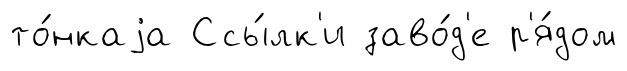
то́нкаjа Ссы́лк'и заво́д'е р'я́дом